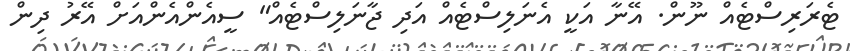
ޓެރަރިސްޓެއް ނޫން. އޭނާ އަކީ އެނަލިސްޓެއް އަދި ޖާނަލިސްޓެއް" ސީއެންއެންއަށް އޭރު ދިން